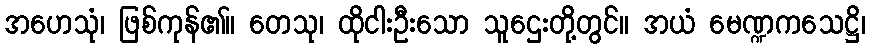
အဟေသုံ၊ ဖြစ်ကုန်၏။ တေသု၊ ထိုငါးဦးသော သူဌေးတို့တွင်။ အယံ မေဏ္ဍကသေဋ္ဌိ၊